Laimjala_vallavalitsus, lk 5
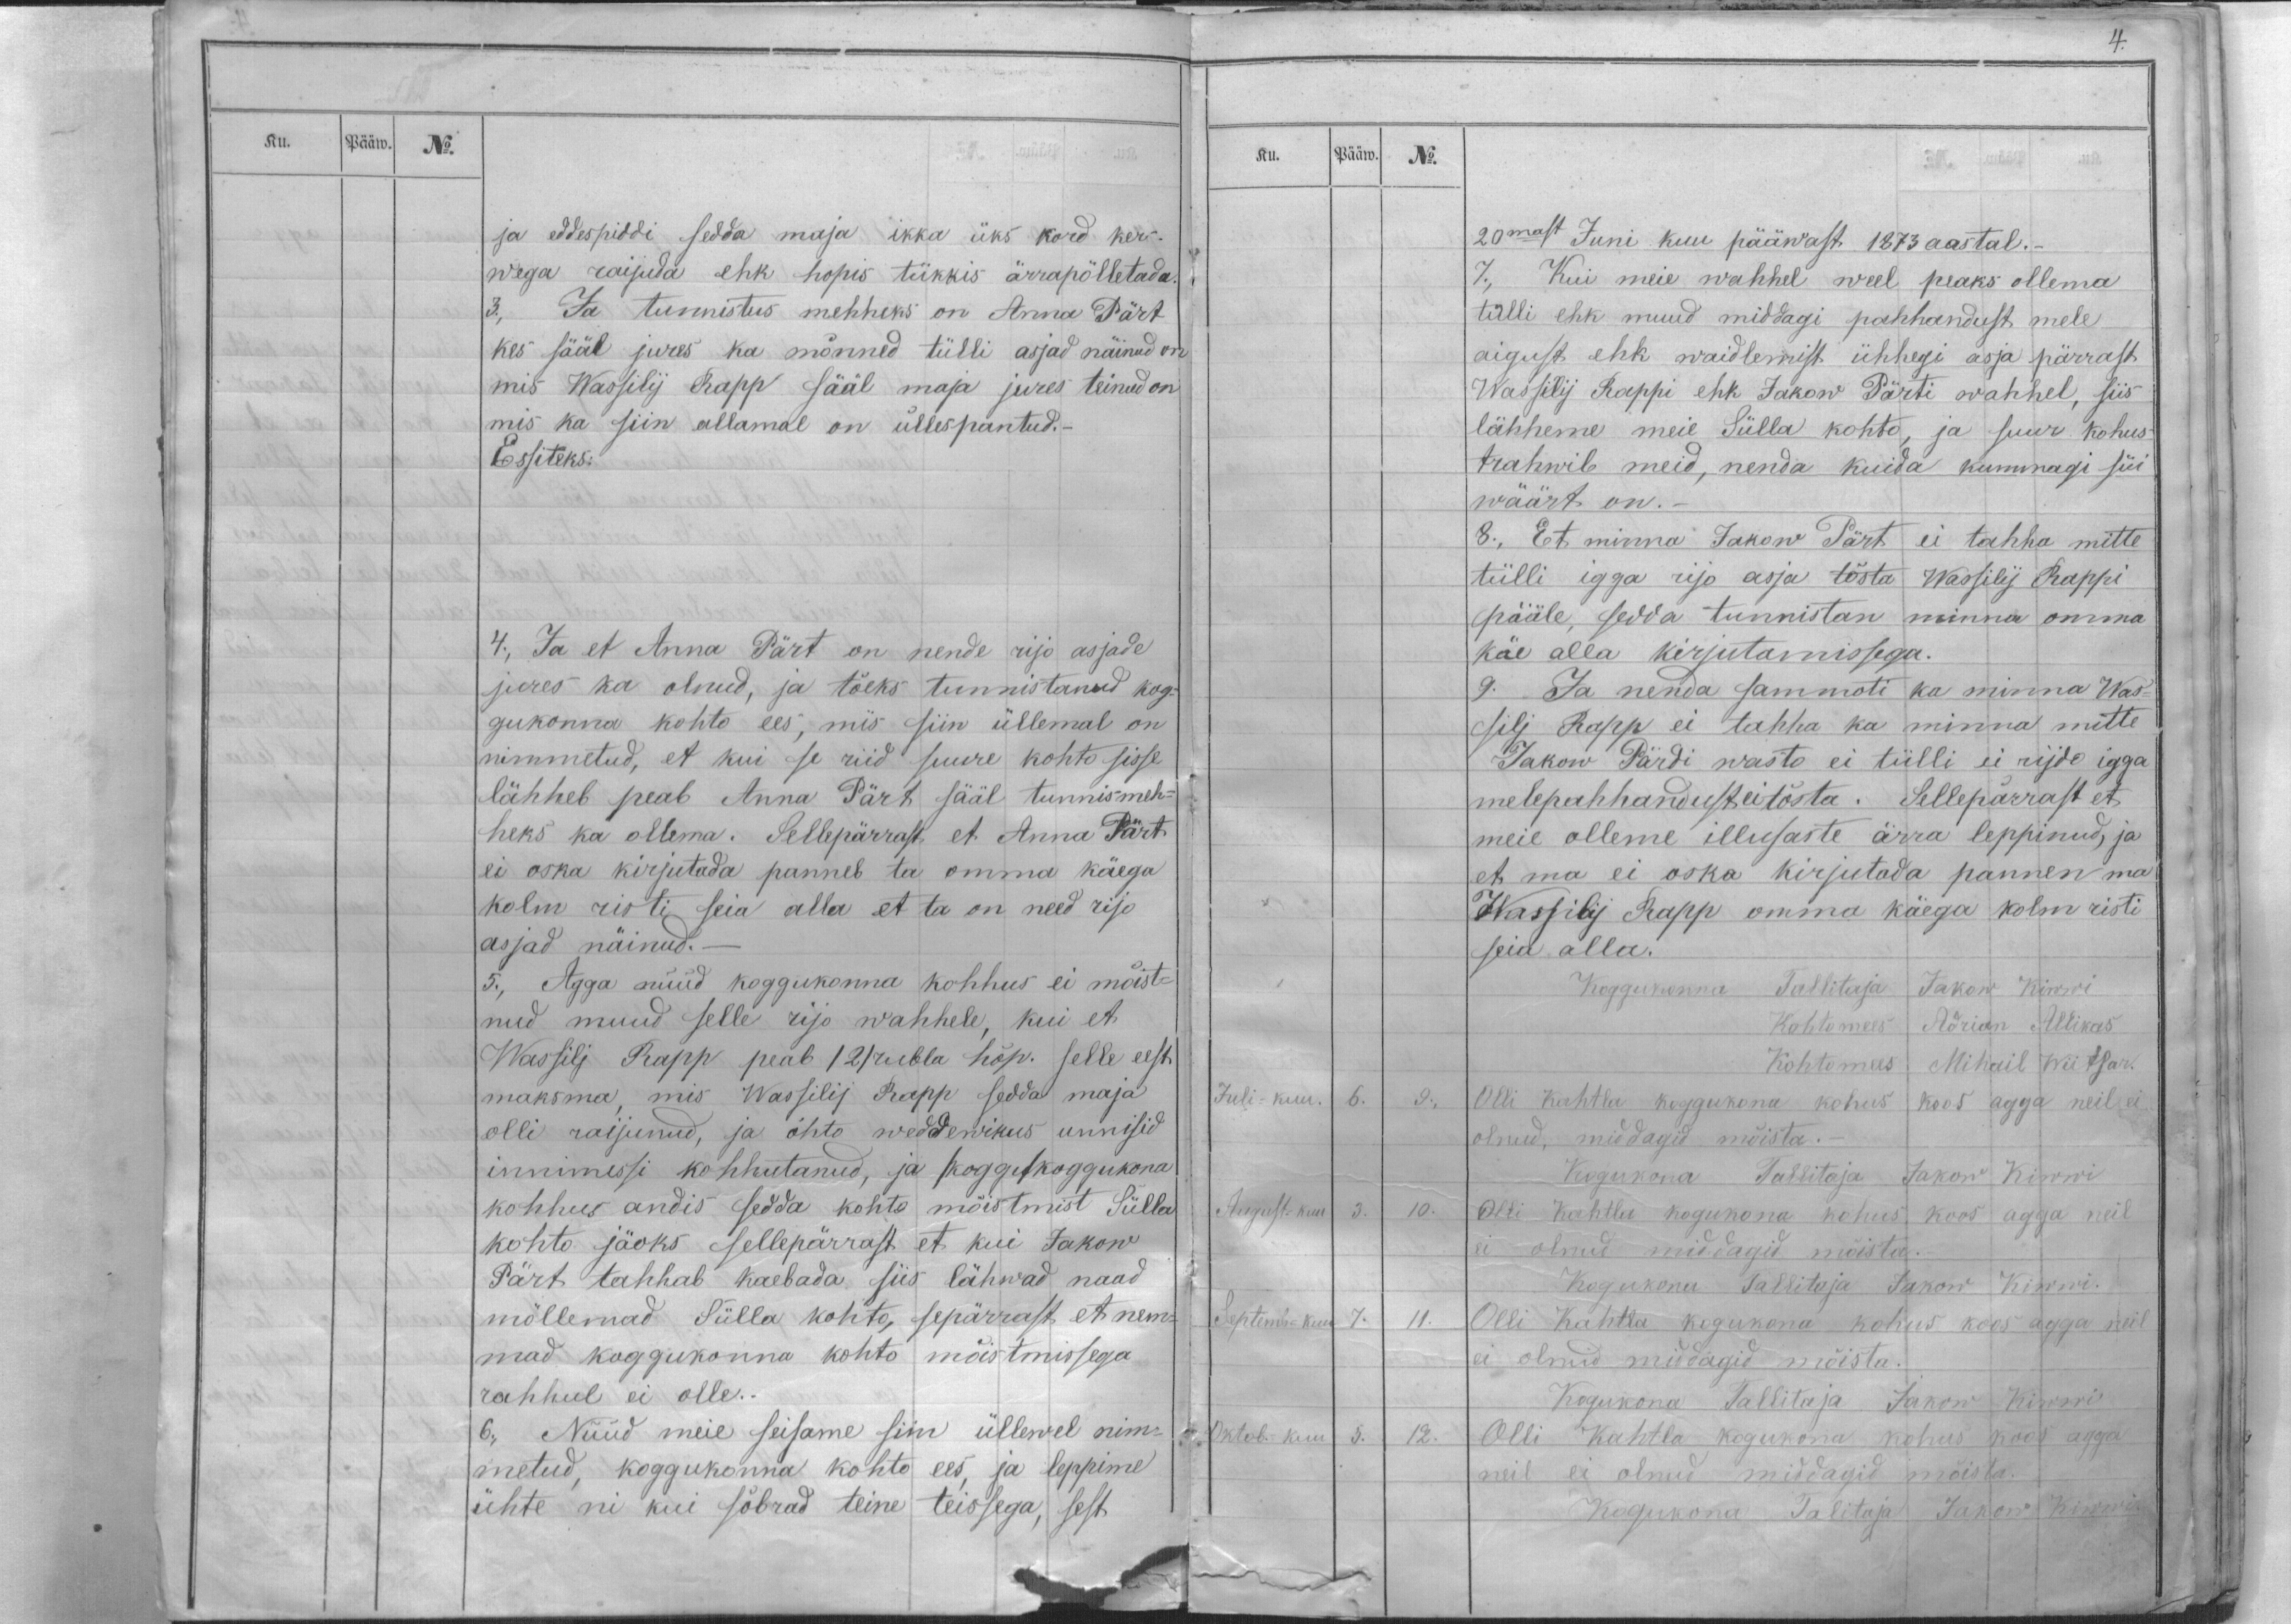
Ku.
Pääw.
No.

ja eddespiddi sedda maja ikka üks kord ker-
wega raijuda ehk hopis tükkis ärrapõlletada.
3., Ja tunnistus mehheks on Anna Pärt
kes sääl jures ka mõnned tülli asjad näinud on
mis Wassilij Rapp sääl maja jures teinud on,
mis ka siin allamal on üllespantud._
Essiteks:
4; Ja et Anna Pärt on nende rijo asjade
jures ka olnud, ja tõeks tunnistanud kog-
gukonna kohto ees, mis siin üllemal on
nimmetud, et kui se riid suure kohto sisse
lähheb peab Anna Pärt sääl tunnismeh-
heks ka ollema. Sellepärrast et Anna Pärt
ei oska kirjutada panneb ta omma käega
kolm risti seia alla et ta on need rijo
asjad näinud._
5., Agga nüüd koggukonna kohhus ei mõist-
nud muud selle rijo wahhele, kui et
Wassilj Rapp peab /2/ rubla hõp. selle eest
maksma, mis Wassilij Rapp sedda maja
olli raijunud, ja õhto weddewikus unnisid
innimessi kohhutanud, ja (koggu) koggukona
kohhus andis sedda kohto mõistmist Sülla
kohto jäoks sellepärrast et kui Jakow
Pärt tahhab kaebada siis lähwad naad
möllemad Sülla kohto, sepärrast et nem-
mad koggukonna kohto mõistmissega
rahhul ei olle.-
6., Nüüd meie seisame siin üllewel nim-
metud, koggukonna kohto ees, ja leppime
ühte nii kui sõbrad teine teissega, sest

Ku.
Pääw.
No.
20mast Juni kuu pääwast 1873 aastal._
7., Kui meie wahhel weel peaks ollema
tülli ehk muud middagi pahhandust mele
aigust ehk waidlemist ühhegi asja pärrast
Wassilij Rappi ehk Jakow Pärti wahhel, siis
lähheme meie Sülla kohto, ja suur kohus
trahwib meid, nenda kuida kummagi süi
wäärt on.
8., Et minna Jakon Pärt ei tahha mitte
tülli igga rijo asja tõsta Wassilij Rappi
pääle, sedda tunnistan minna omma
käe alla kirjutamissega.
9. Ja nenda sammoti ka minna Was-
silj Rapp ei tahha ka minna mitte
Jakow Pärdi wasto ei tülli ei rijdo igga
melepahhandust ei tõsta. Sellepärrast et
meie olleme illusaste ärra leppinud, ja
et ma ei oska kirjutada pannen ma
Wassilij Rapp omma käega kolm risti
seia alla.
Koggukonna Tallitaja Jakow Kiwwi
Kohtomees Adrian Allikas
Kohtomees Mihail Wiitsar.
Juli - kuu.
6.
9., Olli Kahtla koggukona kohus koos agga neil ei
olnud, middagid mõista.-
Kogukona Tallitaja Jakow Kiwwi
August-kuu
3.
10. Olli Kahtla kogukona kohus koos agga neil
ei olnud middagid mõista.
Kogukona Tallitaja Jakow Kiwwi.
Septemb-kuu
7.
11. Olli Kahtla kogukona kohus koos agga neil
ei olnud middagid mõista.
Kogukona Tallitaja Jakow Kiwwi
Oktob.-kuu
5.
12. Olli Kahtla kogukona kohus noor agga
neil ei olnud midagid mõista.
Kogukona Talitaja Jakow Kiwwi.